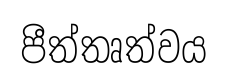
පීත්තෘත්වය